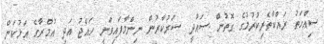
ސިއްހަތު ރައްކާތެރިކުރުމުގެ ގޮތުން ސައުދީ ސަރުކާރުން ނިންމާފައިވަނީ ހައްޖު އަދި އުމްރާގެ އަޅުކަން